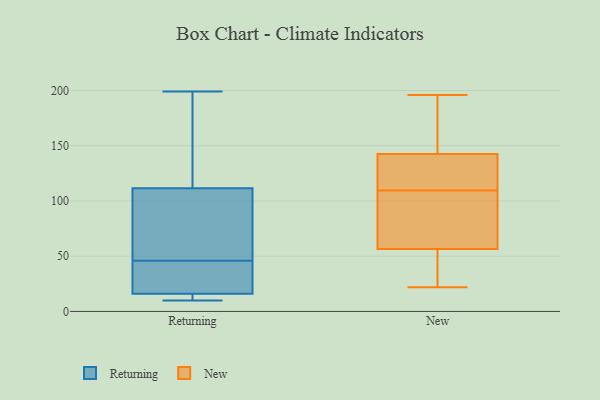
{"axis": {"x": "Gross Profit (USD K)", "y": "Value"}, "legend": ["New", "Returning"], "data": [{"x": "", "y": 90, "type": "Returning"}, {"x": "", "y": 86, "type": "Returning"}, {"x": "", "y": 98, "type": "Returning"}, {"x": "", "y": 192, "type": "Returning"}, {"x": "", "y": 46, "type": "Returning"}, {"x": "", "y": 152, "type": "Returning"}, {"x": "", "y": 69, "type": "Returning"}, {"x": "", "y": 22, "type": "Returning"}, {"x": "", "y": 12, "type": "Returning"}, {"x": "", "y": 17, "type": "Returning"}, {"x": "", "y": 13, "type": "Returning"}, {"x": "", "y": 10, "type": "Returning"}, {"x": "", "y": 11, "type": "Returning"}, {"x": "", "y": 32, "type": "Returning"}, {"x": "", "y": 31, "type": "Returning"}, {"x": "", "y": 199, "type": "Returning"}, {"x": "", "y": 153, "type": "Returning"}, {"x": "", "y": 134, "type": "New"}, {"x": "", "y": 196, "type": "New"}, {"x": "", "y": 107, "type": "New"}, {"x": "", "y": 146, "type": "New"}, {"x": "", "y": 26, "type": "New"}, {"x": "", "y": 138, "type": "New"}, {"x": "", "y": 132, "type": "New"}, {"x": "", "y": 39, "type": "New"}, {"x": "", "y": 67, "type": "New"}, {"x": "", "y": 58, "type": "New"}, {"x": "", "y": 111, "type": "New"}, {"x": "", "y": 184, "type": "New"}, {"x": "", "y": 97, "type": "New"}, {"x": "", "y": 174, "type": "New"}, {"x": "", "y": 22, "type": "New"}, {"x": "", "y": 108, "type": "New"}, {"x": "", "y": 139, "type": "New"}, {"x": "", "y": 172, "type": "New"}, {"x": "", "y": 37, "type": "New"}, {"x": "", "y": 55, "type": "New"}]}